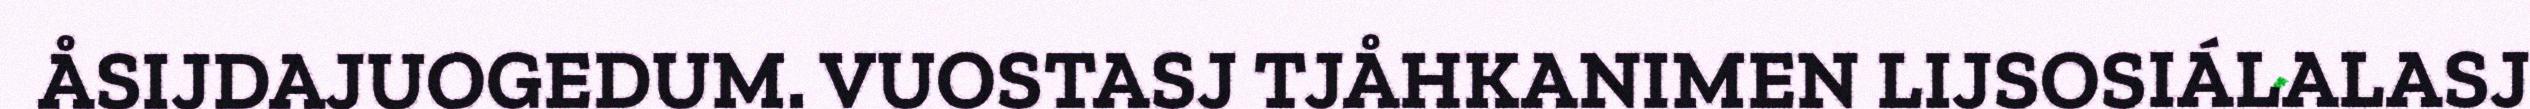
ÅSIJDAJUOGEDUM. VUOSTASJ TJÅHKANIMEN LIJSOSIÁLALASJ